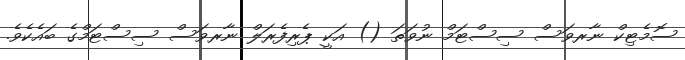
ސޮމެޓިކް ނާރވަސް ސިސްޓަމް ނުވަތަ () އަކީ ޕެރިފެރަލް ނާރވަސް ސިސްޓަމްގެ ބައެކެވެ.